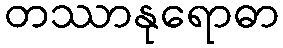
တဿာနုရောဓာ